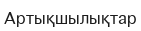
Артықшылықтар